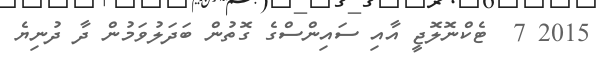
2015 7  ޓެކްނޮލޮޖީ އާއި ސައިންސްގެ ގޮތުން ބަދަލުވަމުން ދާ ދުނިޔެ